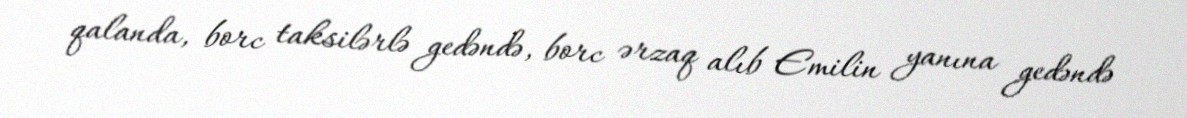
qalanda, borc taksilərlə gedəndə, borc ərzaq alıb Emilin yanına gedəndə